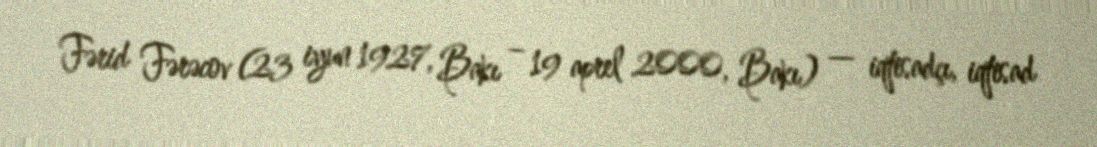
Fərid Fərəcov (23 iyun 1927, Bakı – 19 aprel 2000, Bakı) — iqtisadçı, iqtisad